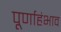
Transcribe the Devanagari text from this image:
पूर्णाहंभाव